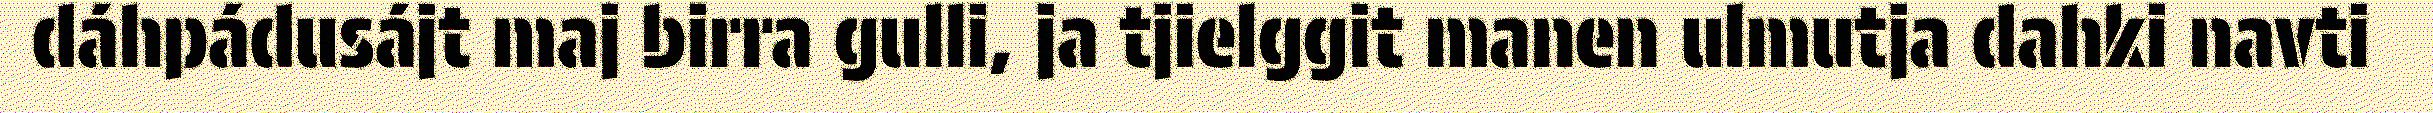
dáhpádusájt maj birra gulli, ja tjielggit manen ulmutja dahki navti